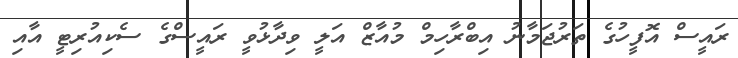
ރައީސް އޮފީހުގެ ތަރުޖަމާނު އިބްރާހިމް މުއާޒް އަލީ ވިދާޅުވީ ރައީސްގެ ސެކިއުރިޓީ އާއި